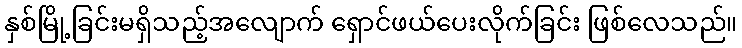
နှစ်မြို့ခြင်းမရှိသည့်အလျောက် ရှောင်ဖယ်ပေးလိုက်ခြင်း ဖြစ်လေသည်။